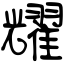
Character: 耀